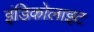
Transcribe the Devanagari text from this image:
इंडिकोलाइट